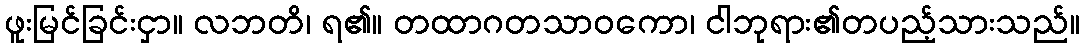
ဖူးမြင်ခြင်းငှာ။ လဘတိ၊ ရ၏။ တထာဂတသာဝကော၊ ငါဘုရား၏တပည့်သားသည်။